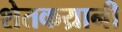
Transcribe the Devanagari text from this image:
शेतकय्रानी